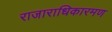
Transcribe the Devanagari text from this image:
राजाराधिकारमण